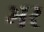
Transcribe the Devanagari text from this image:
भर